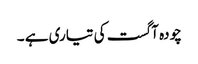
چودہ آگست کی تیاری ہے ۔